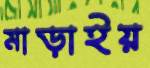
মাড়াইয়